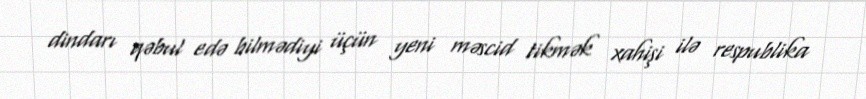
dindarı qəbul edə bilmədiyi üçün yeni məscid tikmək xahişi ilə respublika